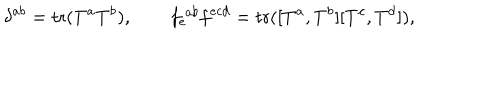
LaTeX: \delta ^ { a b } = \mathrm { t r } ( T ^ { a } T ^ { b } ) , \qquad f _ { e } ^ { \ a b } f ^ { e c d } = \mathrm { t r } ( [ T ^ { a } , T ^ { b } ] [ T ^ { c } , T ^ { d } ] ) ,